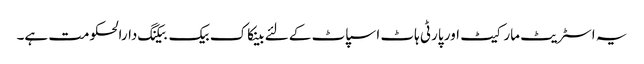
یہ اسٹریٹ مارکیٹ اور پارٹی ہاٹ اسپاٹ کے لئے بینکاک بیک بیکنگ دارالحکومت ہے۔